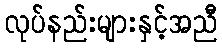
လုပ်နည်းများနှင့်အညီ